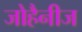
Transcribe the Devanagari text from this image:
जोहैनीज